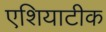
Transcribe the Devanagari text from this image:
एशियाटीक